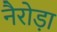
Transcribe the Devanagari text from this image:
नैरोड़ा